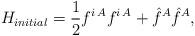
LaTeX: \begin{align*}H_{initial}=\frac{1}{2} f^{i\,A} f^{i\, A}+ \hat{f}^A\hat{f}^A,\end{align*}